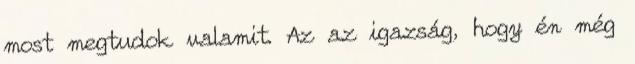
most megtudok valamit. Az az igazság, hogy én még